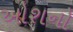
ઓશનો